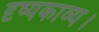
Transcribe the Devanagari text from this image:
दृष्यकाव्य।